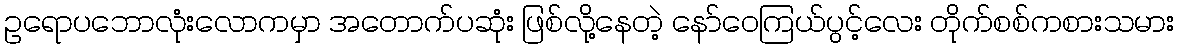
ဥရောပဘောလုံးလောကမှာ အတောက်ပဆုံး ဖြစ်လို့နေတဲ့ နော်ဝေကြယ်ပွင့်လေး တိုက်စစ်ကစားသမား